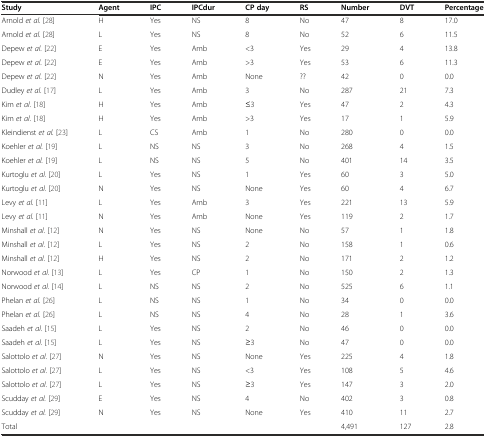
<table><thead><tr><td><b>Study</b></td><td><b>Agent</b></td><td><b>IPC</b></td><td><b>IPCdur</b></td><td><b>CP day</b></td><td><b>RS</b></td><td><b>Number</b></td><td><b>DVT</b></td><td><b>Percentage</b></td></tr></thead><tbody><tr><td>Arnold <i>et al.</i> [28]</td><td>H</td><td>Yes</td><td>NS</td><td>8</td><td>No</td><td>47</td><td>8</td><td>17.0</td></tr><tr><td>Arnold <i>et al.</i> [28]</td><td>L</td><td>Yes</td><td>NS</td><td>8</td><td>No</td><td>52</td><td>6</td><td>11.5</td></tr><tr><td>Depew <i>et al.</i> [22]</td><td>E</td><td>Yes</td><td>Amb</td><td>&lt;3</td><td>Yes</td><td>29</td><td>4</td><td>13.8</td></tr><tr><td>Depew <i>et al.</i> [22]</td><td>E</td><td>Yes</td><td>Amb</td><td>&gt;3</td><td>Yes</td><td>53</td><td>6</td><td>11.3</td></tr><tr><td>Depew <i>et al.</i> [22]</td><td>N</td><td>Yes</td><td>Amb</td><td>None</td><td>??</td><td>42</td><td>0</td><td>0.0</td></tr><tr><td>Dudley <i>et al.</i> [17]</td><td>L</td><td>Yes</td><td>Amb</td><td>3</td><td>No</td><td>287</td><td>21</td><td>7.3</td></tr><tr><td>Kim <i>et al.</i> [18]</td><td>H</td><td>Yes</td><td>Amb</td><td>≤3</td><td>Yes</td><td>47</td><td>2</td><td>4.3</td></tr><tr><td>Kim <i>et al.</i> [18]</td><td>H</td><td>Yes</td><td>Amb</td><td>&gt;3</td><td>Yes</td><td>17</td><td>1</td><td>5.9</td></tr><tr><td>Kleindienst <i>et al.</i> [23]</td><td>L</td><td>CS</td><td>Amb</td><td>1</td><td>No</td><td>280</td><td>0</td><td>0.0</td></tr><tr><td>Koehler <i>et al.</i> [19]</td><td>L</td><td>NS</td><td>NS</td><td>3</td><td>No</td><td>268</td><td>4</td><td>1.5</td></tr><tr><td>Koehler <i>et al.</i> [19]</td><td>L</td><td>NS</td><td>NS</td><td>5</td><td>No</td><td>401</td><td>14</td><td>3.5</td></tr><tr><td>Kurtoglu <i>et al.</i> [20]</td><td>L</td><td>Yes</td><td>NS</td><td>1</td><td>Yes</td><td>60</td><td>3</td><td>5.0</td></tr><tr><td>Kurtoglu <i>et al.</i> [20]</td><td>N</td><td>Yes</td><td>NS</td><td>None</td><td>Yes</td><td>60</td><td>4</td><td>6.7</td></tr><tr><td>Levy <i>et al.</i> [11]</td><td>L</td><td>Yes</td><td>Amb</td><td>3</td><td>Yes</td><td>221</td><td>13</td><td>5.9</td></tr><tr><td>Levy <i>et al.</i> [11]</td><td>N</td><td>Yes</td><td>Amb</td><td>None</td><td>Yes</td><td>119</td><td>2</td><td>1.7</td></tr><tr><td>Minshall <i>et al.</i> [12]</td><td>N</td><td>Yes</td><td>NS</td><td>None</td><td>No</td><td>57</td><td>1</td><td>1.8</td></tr><tr><td>Minshall <i>et al.</i> [12]</td><td>L</td><td>Yes</td><td>NS</td><td>2</td><td>No</td><td>158</td><td>1</td><td>0.6</td></tr><tr><td>Minshall <i>et al.</i> [12]</td><td>H</td><td>Yes</td><td>NS</td><td>2</td><td>No</td><td>171</td><td>2</td><td>1.2</td></tr><tr><td>Norwood <i>et al.</i> [13]</td><td>L</td><td>Yes</td><td>CP</td><td>1</td><td>No</td><td>150</td><td>2</td><td>1.3</td></tr><tr><td>Norwood <i>et al.</i> [14]</td><td>L</td><td>NS</td><td>NS</td><td>2</td><td>No</td><td>525</td><td>6</td><td>1.1</td></tr><tr><td>Phelan <i>et al.</i> [26]</td><td>L</td><td>NS</td><td>NS</td><td>1</td><td>No</td><td>34</td><td>0</td><td>0.0</td></tr><tr><td>Phelan <i>et al.</i> [26]</td><td>L</td><td>NS</td><td>NS</td><td>4</td><td>No</td><td>28</td><td>1</td><td>3.6</td></tr><tr><td>Saadeh <i>et al.</i> [15]</td><td>L</td><td>Yes</td><td>NS</td><td>2</td><td>No</td><td>46</td><td>0</td><td>0.0</td></tr><tr><td>Saadeh <i>et al.</i> [15]</td><td>L</td><td>Yes</td><td>NS</td><td>≥3</td><td>No</td><td>47</td><td>0</td><td>0.0</td></tr><tr><td>Salottolo <i>et al.</i> [27]</td><td>N</td><td>Yes</td><td>NS</td><td>None</td><td>Yes</td><td>225</td><td>4</td><td>1.8</td></tr><tr><td>Salottolo <i>et al.</i> [27]</td><td>L</td><td>Yes</td><td>NS</td><td>&lt;3</td><td>Yes</td><td>108</td><td>5</td><td>4.6</td></tr><tr><td>Salottolo <i>et al.</i> [27]</td><td>L</td><td>Yes</td><td>NS</td><td>≥3</td><td>Yes</td><td>147</td><td>3</td><td>2.0</td></tr><tr><td>Scudday <i>et al.</i> [29]</td><td>E</td><td>Yes</td><td>NS</td><td>4</td><td>No</td><td>402</td><td>3</td><td>0.8</td></tr><tr><td>Scudday <i>et al.</i> [29]</td><td>N</td><td>Yes</td><td>NS</td><td>None</td><td>Yes</td><td>410</td><td>11</td><td>2.7</td></tr><tr><td>Total</td><td></td><td></td><td></td><td></td><td></td><td>4,491</td><td>127</td><td>2.8</td></tr></tbody></table>